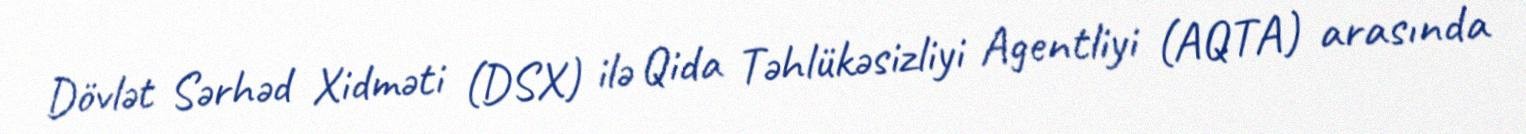
Dövlət Sərhəd Xidməti (DSX) ilə Qida Təhlükəsizliyi Agentliyi (AQTA) arasında